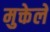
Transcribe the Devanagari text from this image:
मुक्तेले